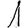
Digit: 1